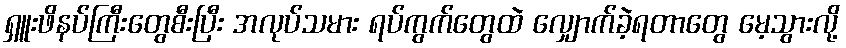
ရှူးဖိနပ်ကြီးတွေစီးပြီး အလုပ်သမား ရပ်ကွက်တွေထဲ လျှောက်ခဲ့ရတာတွေ မေ့သွားလို့